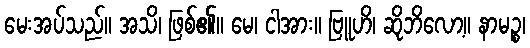
မေးအပ်သည်။ အသိ၊ ဖြစ်၏။ မေ၊ ငါအား။ ဗြူဟိ၊ ဆိုဘိလော့။ နာမဉ္စ၊